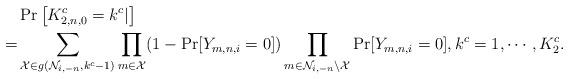
LaTeX: \begin{align*}&\Pr \left[K_{2,n,0}^c=k^c|\right]\\=&\sum_{\mathcal X\in g\left(\mathcal N_{i,-n},k^c-1\right) }\prod_{m\in \mathcal X}(1-\Pr[Y_{m,n,i}=0])\prod_{m\in \mathcal N_{i,-n}\setminus\mathcal X}\Pr[Y_{m,n,i}=0],k^c=1,\cdots, K_2^c. \end{align*}